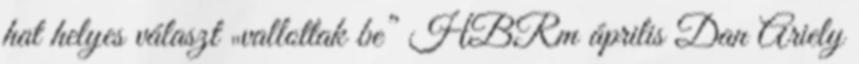
hat helyes választ „vallottak be” HBRm április Dan Ariely